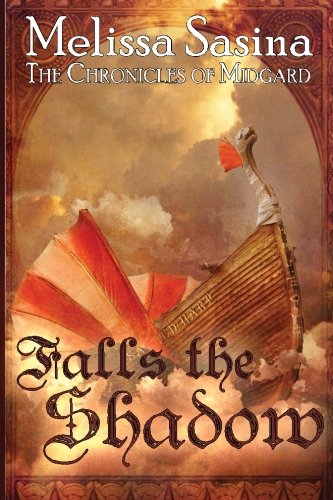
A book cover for Falls the Shadow: The Chronicles of Midgard (Volume 1); Melissa Sasina; Science Fiction & Fantasy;